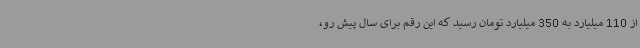
از 110 میلیارد به 350 میلیارد تومان رسید که این رقم برای سال پیش رو،